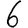
Digit: 6